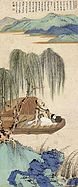
东风吹我过湖船。杨柳丝丝拂面。